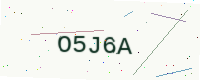
Text: O5J6A